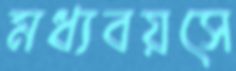
মধ্যবয়সে